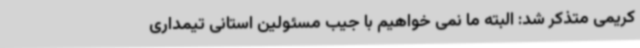
کریمی متذکر شد: البته ما نمی خواهیم با جیب مسئولین استانی تیمداری